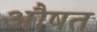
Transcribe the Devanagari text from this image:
औषत